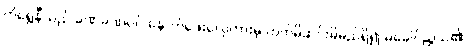
ကိုရွှေနီသည် ခဏခဏပင် နောက်ဖေးလှေကားမှ တက်မိဆင်းမိမည်ရှိ၍ မခေါင်ညွယ်၏